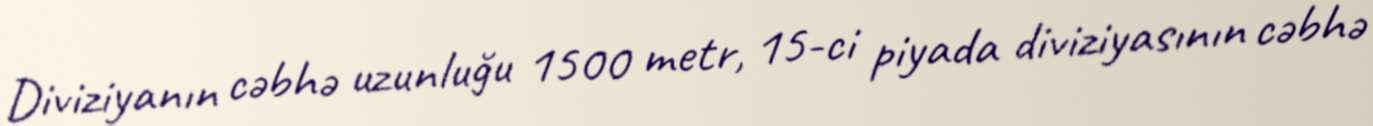
Diviziyanın cəbhə uzunluğu 1500 metr, 15-ci piyada diviziyasının cəbhə